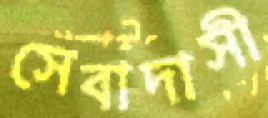
সেবাদাসী